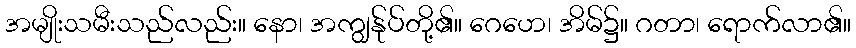
အမျိုးသမီးသည်လည်း။ နော၊ အကျွန်ုပ်တို့၏။ ဂေဟေ၊ အိမ်၌။ ဂတာ၊ ရောက်လာ၏။